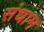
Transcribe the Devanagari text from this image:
संधाम